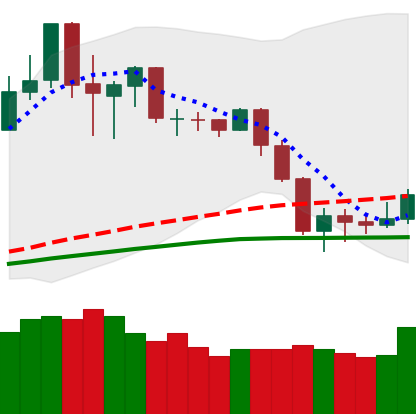
Ticker: NEO-USD
Chart end date: 2020-03-02
Forward return: -3.167%
Label: down_3_5